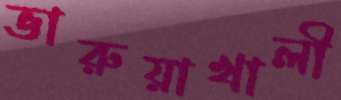
ভারুয়াখালী